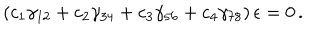
( c _ { 1 } \gamma _ { 1 2 } + c _ { 2 } \gamma _ { 3 4 } + c _ { 3 } \gamma _ { 5 6 } + c _ { 4 } \gamma _ { 7 8 } ) \, \epsilon = 0 \, .